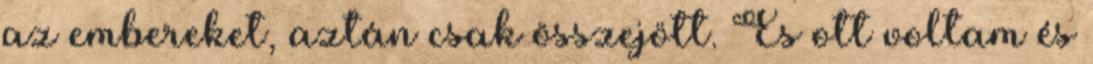
az embereket, aztán csak összejött. És ott voltam és